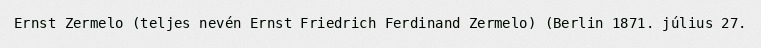
Ernst Zermelo (teljes nevén Ernst Friedrich Ferdinand Zermelo) (Berlin 1871. július 27.